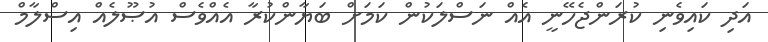
އަދި ކައިވެނި ކުރަންޖެހޭނީ އެއް ނަސްލަކުން ކަމަށް ބަޔާންކުރާ އެއްވެސް އުޞޫލެއް އިސްލާމް